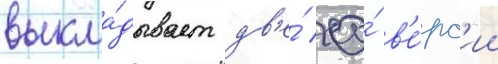
выкла́дывает дв'е́ ео́ в'е́рс'ии